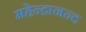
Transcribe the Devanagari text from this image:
महेन्द्रानन्द